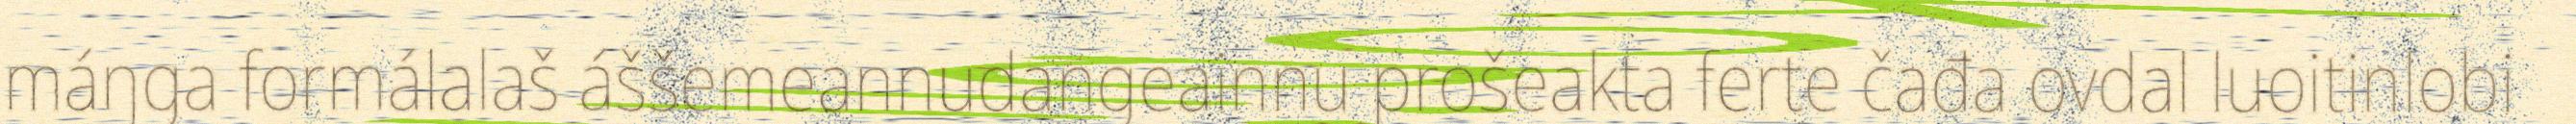
máŋga formálalaš áššemeannudangeainnu prošeakta ferte čađa ovdal luoitinlobi